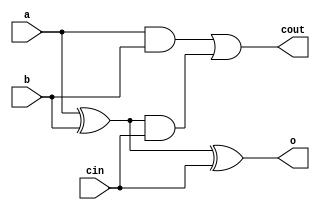
module fulladder(o, cout, a, b, cin);
	input a, b, cin;
	output o, cout;
	
	assign
		o = ((a ^ b) ^ cin),
		cout = ((a & b) | ((a ^ b) & cin));
		
endmodule